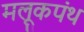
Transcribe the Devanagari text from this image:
मलूकपंथ